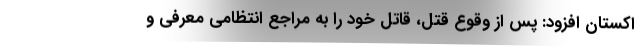
اکستان افزود: پس از وقوع قتل، قاتل خود را به مراجع انتظامی معرفی و